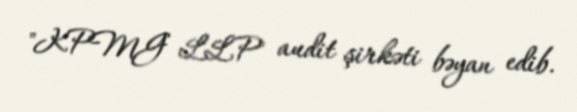
"KPMG LLP" audit şirkəti bəyan edib.